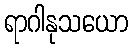
ရာဂါနုသယော